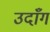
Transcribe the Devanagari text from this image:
उदाँग